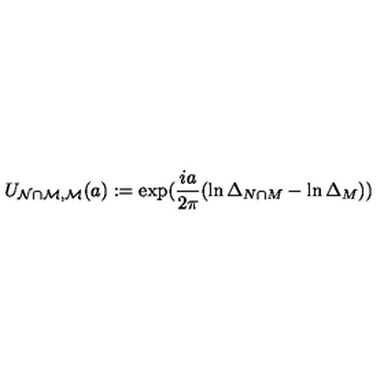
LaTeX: U _ { \mathcal { N \cap M } , \mathcal { M } } ( a ) : = \exp ( \frac { i a } { 2 \pi } ( \ln \Delta _ { N \cap M } - \ln \Delta _ { M } ) )